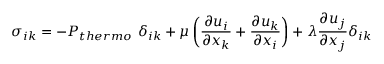
\sigma _ { i k } = - P _ { t h e r m o } ~ \delta _ { i k } + \mu \displaystyle \left( \frac { \partial u _ { i } } { \partial x _ { k } } + \frac { \partial u _ { k } } { \partial x _ { i } } \right) + \lambda \frac { \partial u _ { j } } { \partial x _ { j } } \delta _ { i k }